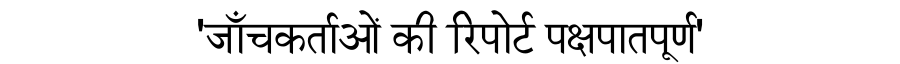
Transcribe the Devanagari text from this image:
'जाँचकर्ताओं की रिपोर्ट पक्षपातपूर्ण'